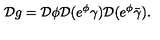
{ \cal D } g = { \cal D } \phi { \cal D } ( e ^ { \phi } \gamma ) { \cal D } ( e ^ { \phi } \bar { \gamma } ) .